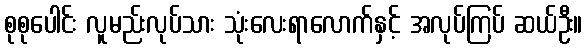
စုစုပေါင်း လူမည်းလုပ်သား သုံးလေးရာလောက်နှင့် အလုပ်ကြပ် ဆယ်ဦး။